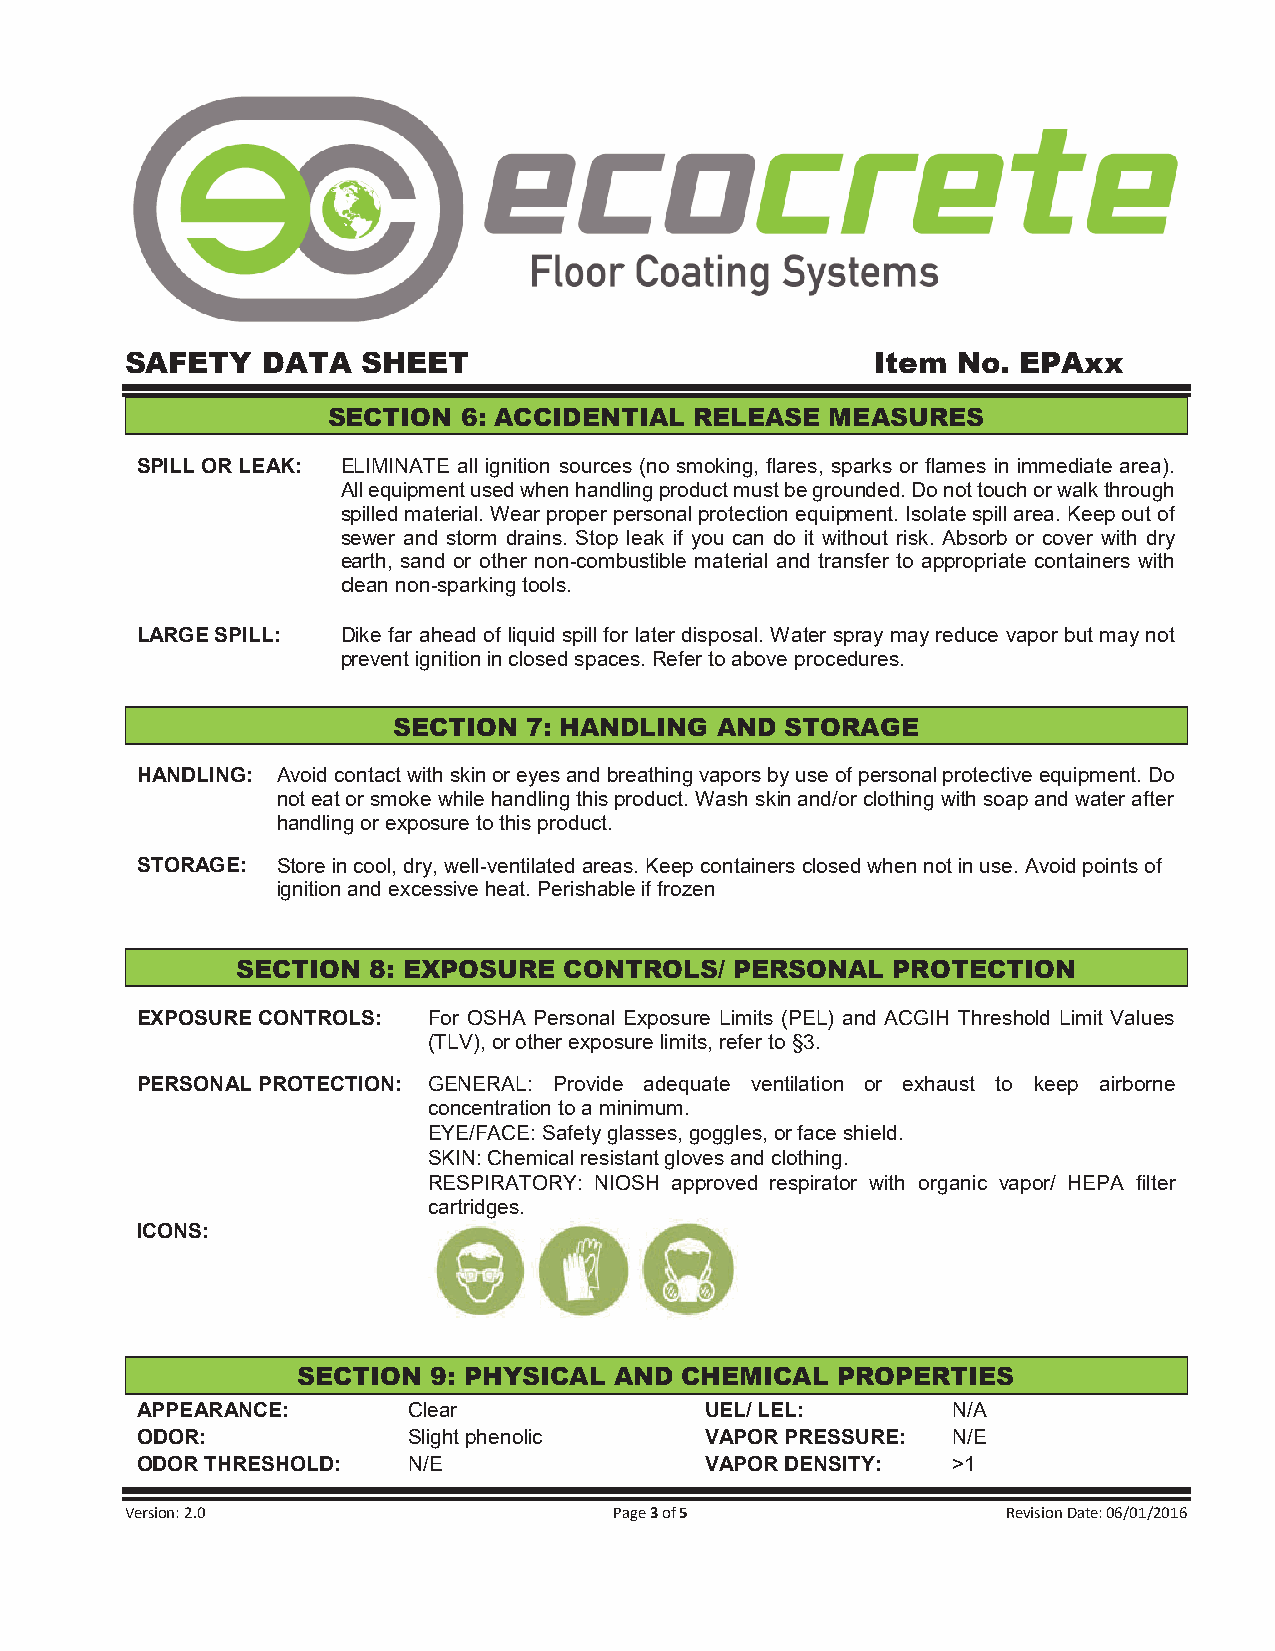
SAFETY   DATA   SHEET                             Item No.  EPAxx
 SECTION  6: ACCIDENTIAL RELEASE  MEASURES
 SPILL OR LEAK: ELIMINATE all ignition sources (no smoking, flares, sparks or flames in immediate area).
 All equipment used when handling product must be grounded. Do not touch or walk through
 spilled material. Wear proper personal protection equipment. Isolate spill area. Keep out of
 sewer and storm drains. Stop leak if you can do it without risk. Absorb or cover with dry
 earth, sand or other non-combustible material and transfer to appropriate containers with
 clean non-sparking tools.
 LARGE SPILL:  Dike far ahead of liquid spill for later disposal. Water spray may reduce vapor but may not
 prevent ignition in closed spaces. Refer to above procedures.
 SECTION  7: HANDLING AND  STORAGE
 HANDLING: Avoid contact with skin or eyes and breathing vapors by use of personal protective equipment. Do
 not eat or smoke while handling this product. Wash skin and/or clothing with soap and water after
 handling or exposure to this product.
 STORAGE: Store in cool, dry, well-ventilated areas. Keep containers closed when not in use. Avoid points of
 ignition and excessive heat. Perishable if frozen
 SECTION 8: EXPOSURE  CONTROLS/   PERSONAL  PROTECTION
 EXPOSURE CONTROLS: For OSHA Personal Exposure Limits (PEL) and ACGIH Threshold Limit Values
 (TLV), or other exposure limits, refer to §3.
 PERSONAL PROTECTION: GENERAL: Provide adequate ventilation or exhaust to keep airborne
 concentration to a minimum.
 EYE/FACE: Safety glasses, goggles, or face shield.
 SKIN: Chemical resistant gloves and clothing.
 RESPIRATORY: NIOSH approved respirator with organic vapor/ HEPA filter
 cartridges.
 ICONS:
 SECTION 9: PHYSICAL  AND CHEMICAL  PROPERTIES
 APPEARANCE:       Clear               UEL/ LEL:       N/A
 ODOR:             Slight phenolic     VAPOR PRESSURE: N/E
 ODOR THRESHOLD:   N/E                 VAPOR DENSITY:  >1
 Version: 2.0                     Page 3 of 5               Revision Date: 06/01/2016